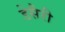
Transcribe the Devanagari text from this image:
डेसैरी